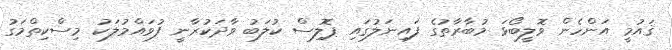
ޤައުމީ އަންހެން ވޮލީބޯޅަ މުބާރާތުގެ ފައިނަލުގައި ޕޮލިސް ކުލަބު ވާދަކުރާނީ ފުވައްމުލަކު މިސްކިތްމަގު